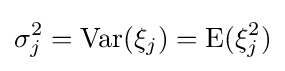
\sigma _{j}^{2}={\text{Var}}(\xi _{j})={\text{E}}(\xi _{j}^{2})